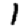
Digit: 1